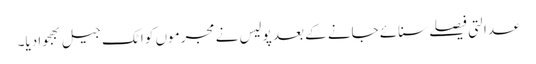
عدالتی فیصلے سنائے جانے کے بعد پولیس نے مجرموں کو اٹک جیل بھجوا دیا۔